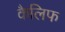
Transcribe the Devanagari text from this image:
कैलिफ